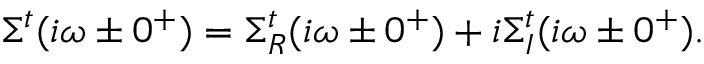
\Sigma ^ { t } ( i \omega \pm 0 ^ { + } ) = \Sigma _ { R } ^ { t } ( i \omega \pm 0 ^ { + } ) + i \Sigma _ { I } ^ { t } ( i \omega \pm 0 ^ { + } ) .